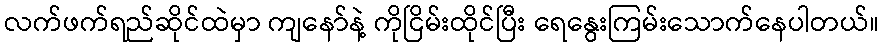
လက်ဖက်ရည်ဆိုင်ထဲမှာ ကျနော်နဲ့ ကိုငြိမ်းထိုင်ပြီး ရေနွေးကြမ်းသောက်နေပါတယ်။